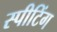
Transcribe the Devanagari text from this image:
स्पीटिंग